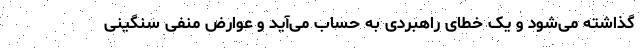
گذاشته می‌شود و یک خطای راهبردی به حساب می‌آید و عوارض منفی سنگینی